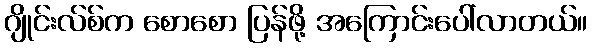
ဂျိုင်းလ်စ်က စောစော ပြန်ဖို့ အကြောင်းပေါ်လာတယ်။